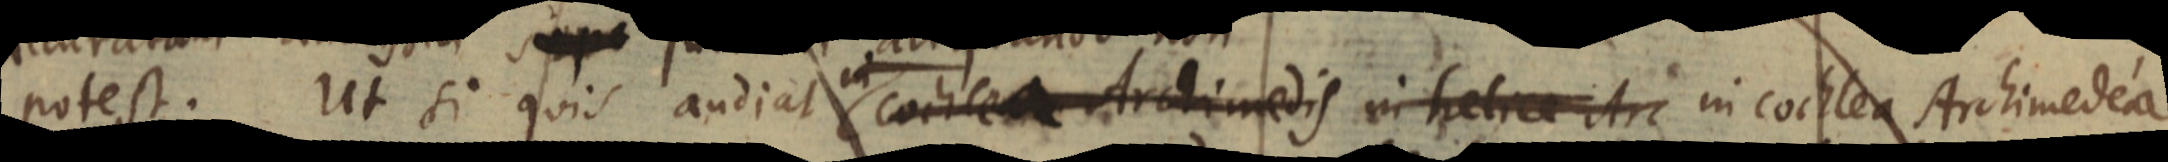
potest. Ut si quis audiat in cochlea Archimedis in helice Arc in cochlea Archimedea